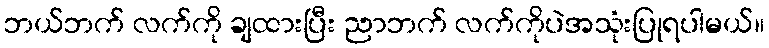
ဘယ်ဘက် လက်ကို ချထားပြီး ညာဘက် လက်ကိုပဲအသုံးပြုရပါမယ်။